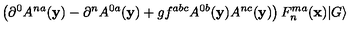
\left( \partial ^ { 0 } A ^ { n a } ( { \bf y } ) - \partial ^ { n } A ^ { 0 a } ( { \bf y } ) + g f ^ { a b c } A ^ { 0 b } ( { \bf y } ) A ^ { n c } ( { \bf y } ) \right) F _ { n } ^ { m a } ( { \bf x } ) \vert G \rangle